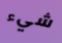
شيء